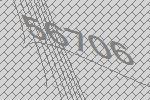
56706